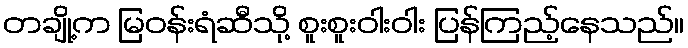
တချို့က မြဝန်းရံဆီသို့ စူးစူးဝါးဝါး ပြန်ကြည့်နေသည်။